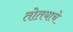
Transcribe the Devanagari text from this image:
तोतयाचे